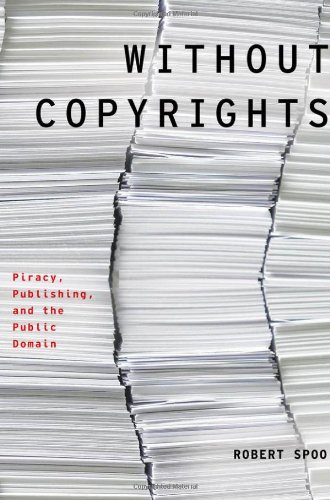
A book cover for Without Copyrights: Piracy, Publishing, and the Public Domain (Modernist Literature and Culture); Robert Spoo; Law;